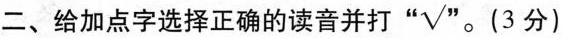
二、给加点字选择正确的读音并打“√” (3分)